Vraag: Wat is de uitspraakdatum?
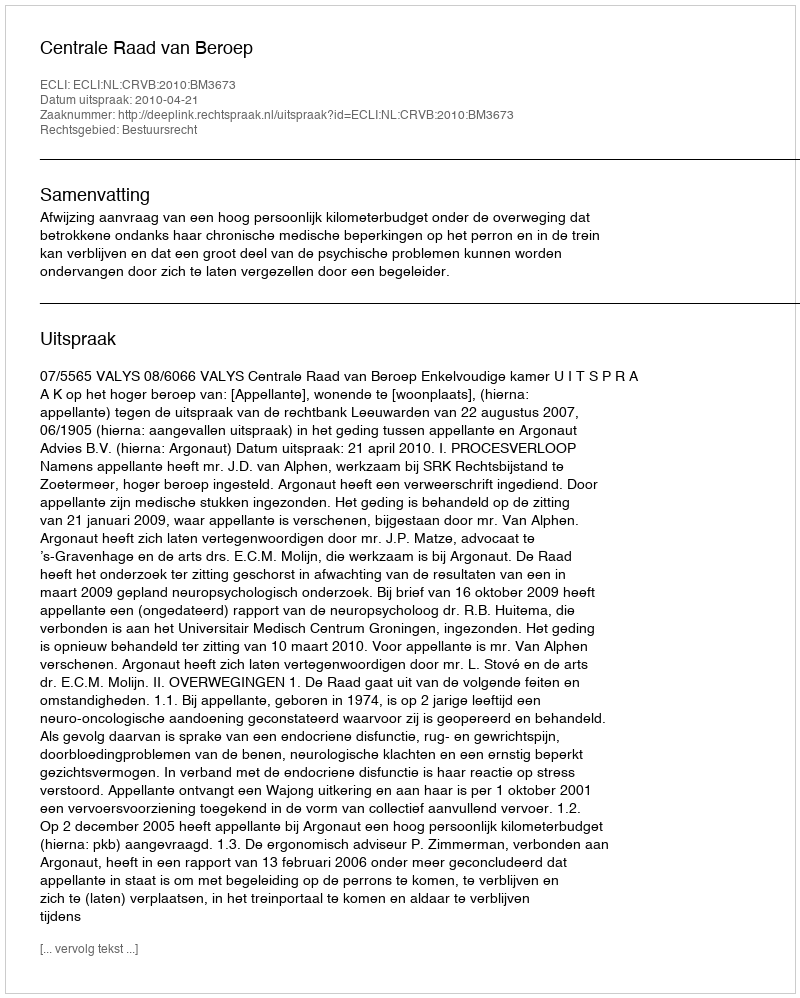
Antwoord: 2010-04-21